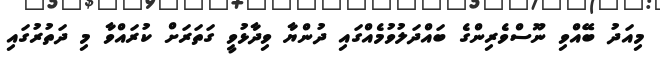
މިއަދު ބޭއްވި ނޫސްވެރިންގެ ބައްދަލުވުމެއްގައި ދުންޔާ ވިދާޅުވީ ގަތަރަށް ކުރައްވާ މި ދަތުރުގައި